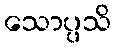
သောပ္ပသိ